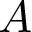
A